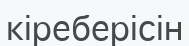
кіреберісін